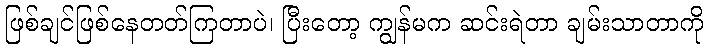
ဖြစ်ချင်ဖြစ်နေတတ်ကြတာပဲ၊ ပြီးတော့ ကျွန်မက ဆင်းရဲတာ ချမ်းသာတာကို